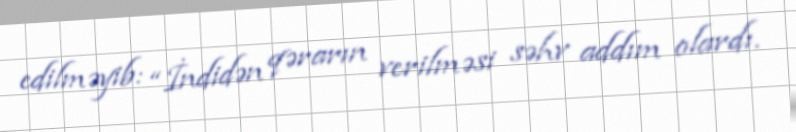
edilməyib: “İndidən qərarın verilməsi səhv addım olardı.